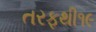
તરફથી૧૯